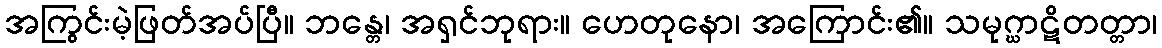
အကြွင်းမဲ့ဖြတ်အပ်ပြီ။ ဘန္တေ၊ အရှင်ဘုရား။ ဟေတုနော၊ အကြောင်း၏။ သမုဂ္ဃာဋိတတ္တာ၊